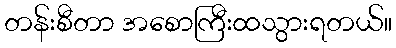
တန်းစီတာ အစောကြီးထသွားရတယ်။